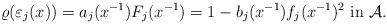
LaTeX: \begin{align*}\varrho(\varepsilon_j(x))=a_j(x^{-1})F_j(x^{-1})=1-b_j(x^{-1})f_j(x^{-1})^2 \ {\rm in} \ {\cal A}.\end{align*}